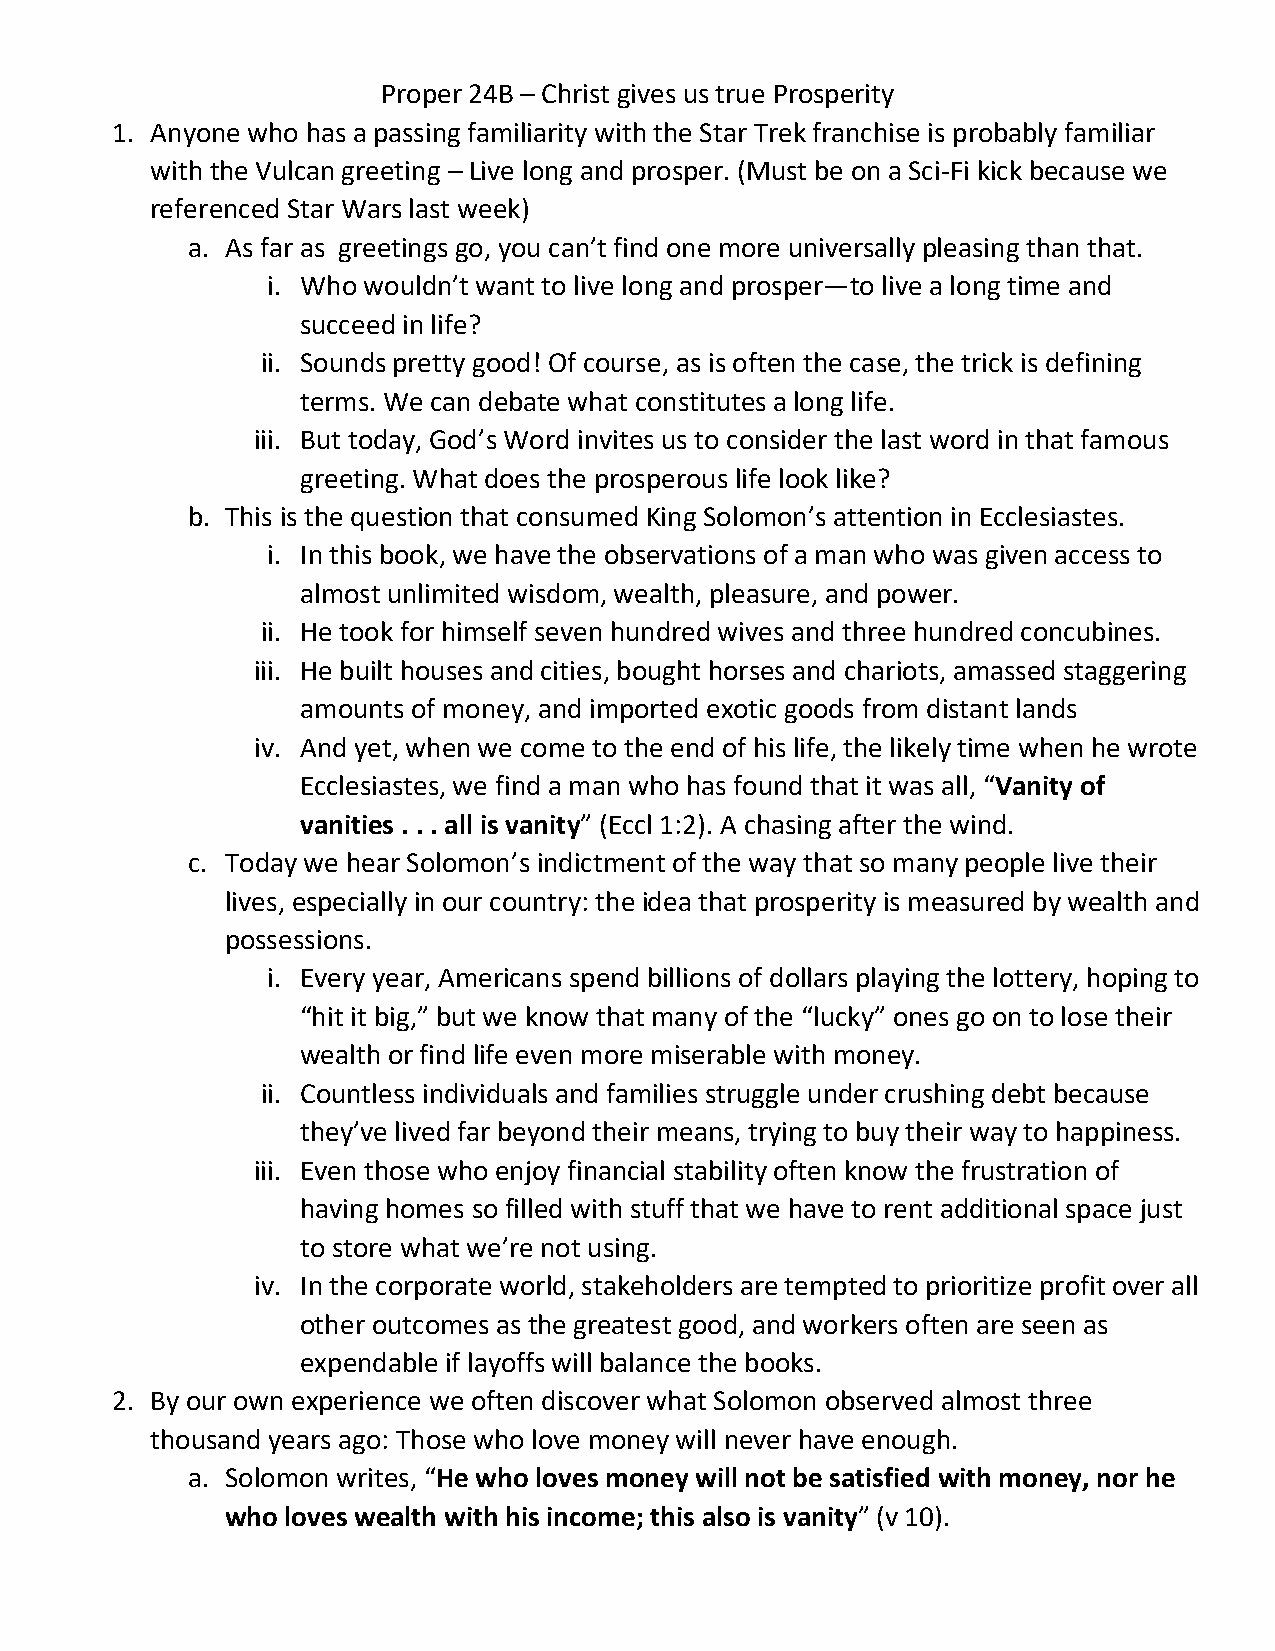
Proper 24B – Christ gives us true Prosperity
 1. Anyone who has a passing familiarity with the Star Trek franchise is probably familiar
 with the Vulcan greeting – Live long and prosper. (Must be on a Sci-Fi kick because we
 referenced Star Wars last week)
 a. As far as greetings go, you can’t find one more universally pleasing than that.
 i. Who wouldn’t want to live long and prosper—to live a long time and
 succeed in life?
 ii. Sounds pretty good! Of course, as is often the case, the trick is defining
 terms. We can debate what constitutes a long life.
 iii. But today, God’s Word invites us to consider the last word in that famous
 greeting. What does the prosperous life look like?
 b. This is the question that consumed King Solomon’s attention in Ecclesiastes.
 i. In this book, we have the observations of a man who was given access to
 almost unlimited wisdom, wealth, pleasure, and power.
 ii. He took for himself seven hundred wives and three hundred concubines.
 iii. He built houses and cities, bought horses and chariots, amassed staggering
 amounts of money, and imported exotic goods from distant lands
 iv. And yet, when we come to the end of his life, the likely time when he wrote
 Ecclesiastes, we find a man who has found that it was all, “Vanity of
 vanities . . . all is vanity” (Eccl 1:2). A chasing after the wind.
 c. Today we hear Solomon’s indictment of the way that so many people live their
 lives, especially in our country: the idea that prosperity is measured by wealth and
 possessions.
 i. Every year, Americans spend billions of dollars playing the lottery, hoping to
 “hit it big,” but we know that many of the “lucky” ones go on to lose their
 wealth or find life even more miserable with money.
 ii. Countless individuals and families struggle under crushing debt because
 they’ve lived far beyond their means, trying to buy their way to happiness.
 iii. Even those who enjoy financial stability often know the frustration of
 having homes so filled with stuff that we have to rent additional space just
 to store what we’re not using.
 iv. In the corporate world, stakeholders are tempted to prioritize profit over all
 other outcomes as the greatest good, and workers often are seen as
 expendable if layoffs will balance the books.
 2. By our own experience we often discover what Solomon observed almost three
 thousand years ago: Those who love money will never have enough.
 a. Solomon writes, “He who loves money will not be satisfied with money, nor he
 who loves wealth with his income; this also is vanity” (v 10).